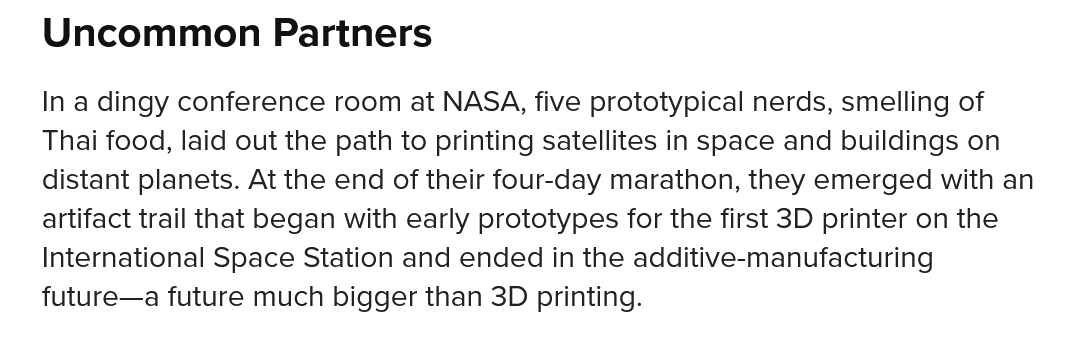
In a dingy conference room at NASA, five prototypical nerds, smelling of
   Thai food, laid out the path to printing satellites in space and buildings on
   distant planets. At the end of their four-day marathon, they emerged with an
   artifact trail that began with early prototypes for the first 3D printer on the
    International Space Station and ended in the additive-manufacturing
   future—a future much bigger than 3D printing.